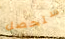
ستحصل